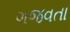
ગજવતા